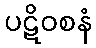
ပဋိဝစနံ